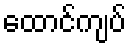
ထောင်ကျပ်